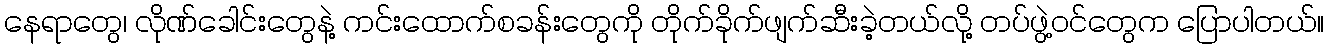
နေရာတွေ၊ လိုဏ်ခေါင်းတွေနဲ့ ကင်းထောက်စခန်းတွေကို တိုက်ခိုက်ဖျက်ဆီးခဲ့တယ်လို့ တပ်ဖွဲ့ဝင်တွေက ပြောပါတယ်။